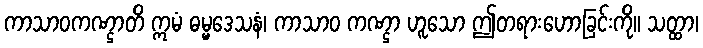
ကာသာဝကဏ္ဌာတိ ဣမံ ဓမ္မဒေသနံ၊ ကာသာဝ ကဏ္ဌာ ဟူသော ဤတရားဟောခြင်းကို။ သတ္ထာ၊